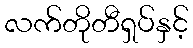
လက်တိုတီရှပ်နှင့်